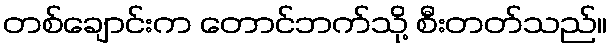
တစ်ချောင်းက တောင်ဘက်သို့ စီးတတ်သည်။